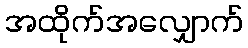
အထိုက်အလျှောက်